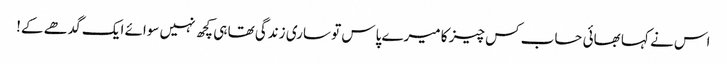
اس نے کہا بھائی حساب کس چیز کا میرے پاس تو ساری زندگی تھا ہی کچھ نہیں سوائے ایک گدھے کے!